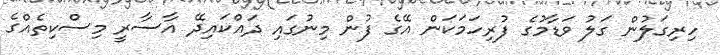
ހިރިގަލުން ގަލު ވަޑާމުގެ ފުރިހަމަކަން އޭގެ ފުން މިނުގައި ދައްކައިދޭ އާސާރީ މިސްކިތެއްގެ